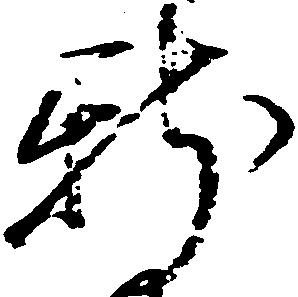
新